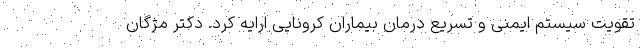
تقویت سیستم ایمنی و تسریع درمان بیماران کرونایی ارایه کرد. دکتر مژگان